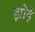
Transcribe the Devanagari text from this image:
झोड़े